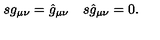
\begin{array} { l l } { s g _ { \mu \nu } = \hat { g } _ { \mu \nu } } & { s \hat { g } _ { \mu \nu } = 0 . } \\ \end{array}